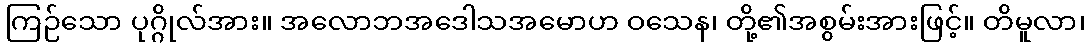
ကြဉ်သော ပုဂ္ဂိုလ်အား။ အလောဘအဒေါသအမောဟ ဝသေန၊ တို့၏အစွမ်းအားဖြင့်။ တိမူလာ၊